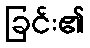
ခြင်း၏